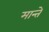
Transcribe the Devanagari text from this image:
मान्ते